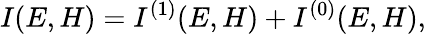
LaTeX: I(E,H)=I^{(1)}(E,H)+I^{(0)}(E,H),